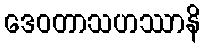
ဒေဝတာသဟဿာနိ